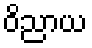
ဝိညာယ